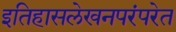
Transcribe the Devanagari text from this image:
इतिहासलेखनपरंपरेत